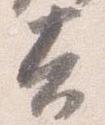
夫